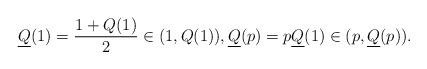
LaTeX: \begin{align*}\underline Q (1) = \frac{1 + Q(1)}{2} \in (1, Q(1)), \underline Q(p) = p \underline Q(1) \in (p, \underline Q(p) ).\end{align*}